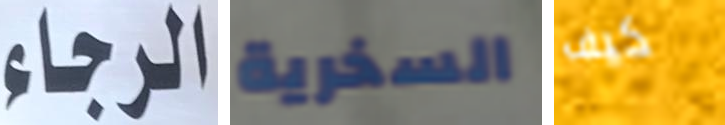
الرجاء السخرية كيف